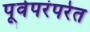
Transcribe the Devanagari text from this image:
पूर्वपरंपरेत